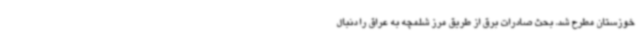
خوزستان مطرح شد، بحث صادرات برق از طریق مرز شلمچه به عراق را دنبال